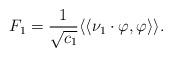
LaTeX: \begin{align*}F_1= \frac{1}{\sqrt{c_1}}\langle\langle \nu_1 \cdot \varphi , \varphi \rangle\rangle.\end{align*}